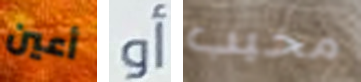
أعين أو مخيب